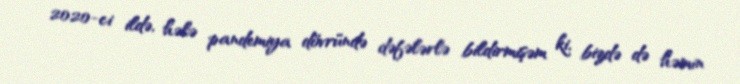
2020-ci ildə, hələ pandemiya dövründə dəfələrlə bildirmişəm ki, bizdə də həmin